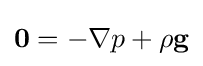
\mathbf {0} =-\nabla p+\rho \mathbf {g}